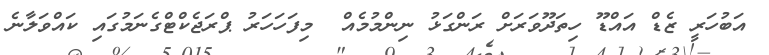
އަބުހަރީ ޒެޑް އައްޑޫ ހިތަދޫވަރަށް ރަންގަޅު ނިންމުމެއް  މިފަހަހަރު ޕްރަޖެކްޓްގެނަމުގައި ކައްވަލާނެ